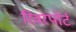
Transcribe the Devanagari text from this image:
रिवरपोर्ट